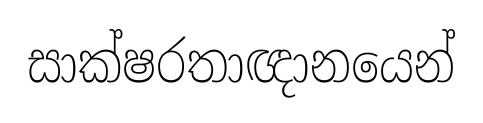
සාක්ෂරතාඥානයෙන්